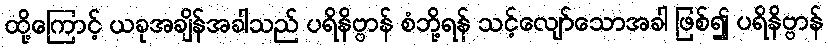
ထို့ကြောင့် ယခုအချိန်အခါသည် ပရိနိဗ္ဗာန် စံဘို့ရန် သင့်လျော်သောအခါ ဖြစ်၍ ပရိနိဗ္ဗာန်